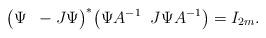
LaTeX: \begin{align*}\big(\Psi \;\; -J\Psi\big)^*\big(\Psi A^{-1} \;\; J\Psi A^{-1}\big) = I_{2m}.\end{align*}